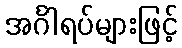
အင်္ဂါရပ်များဖြင့်